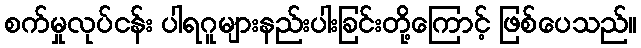
စက်မှုလုပ်ငန်း ပါရဂူများနည်းပါးခြင်းတို့ကြောင့် ဖြစ်ပေသည်။